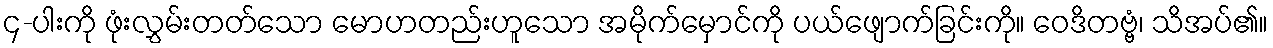
၄-ပါးကို ဖုံးလွှမ်းတတ်သော မောဟတည်းဟူသော အမိုက်မှောင်ကို ပယ်ဖျောက်ခြင်းကို။ ဝေဒိတဗ္ဗံ၊ သိအပ်၏။